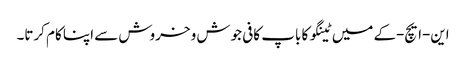
این-ایچ-کے میں ٹینگو کا باپ کافی جوش و خروش سے اپنا کام کرتا۔